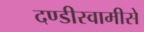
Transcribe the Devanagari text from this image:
दण्डीस्वामीसे